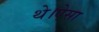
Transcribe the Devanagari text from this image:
थे।ऐसा